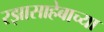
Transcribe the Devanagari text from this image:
रझासाहेबाच्या